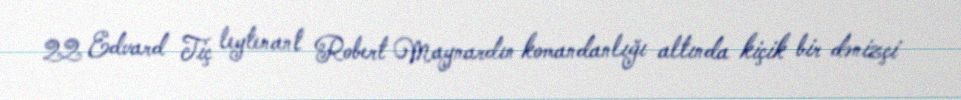
22 Edvard Tiç leytenant Robert Maynardın komandanlığı altında kiçik bir dənizçi